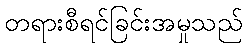
တရားစီရင်ခြင်းအမှုသည်